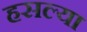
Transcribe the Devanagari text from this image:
हसल्या